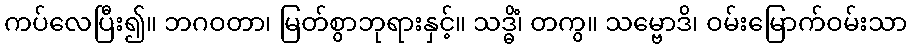
ကပ်လေပြီး၍။ ဘဂဝတာ၊ မြတ်စွာဘုရားနှင့်။ သဒ္ဓိံ၊ တကွ။ သမ္ဗောဒိ၊ ဝမ်းမြောက်ဝမ်းသာ